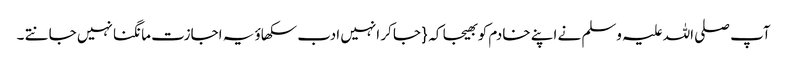
آپ صلی اللہ علیہ وسلم نے اپنے خادم کو بھیجا کہ { جا کر انہیں ادب سکھاؤ یہ اجازت مانگنا نہیں جانتے ۔